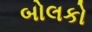
બોલકો